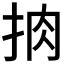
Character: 𢫭